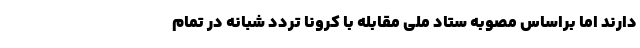
دارند اما براساس مصوبه ستاد ملی مقابله با کرونا تردد شبانه در تمام